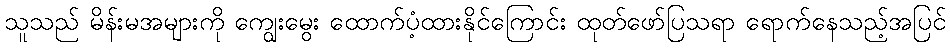
သူသည် မိန်းမအများကို ကျွေးမွေး ထောက်ပံ့ထားနိုင်ကြောင်း ထုတ်ဖော်ပြသရာ ရောက်နေသည့်အပြင်